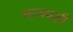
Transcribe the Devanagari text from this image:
भाजपशी